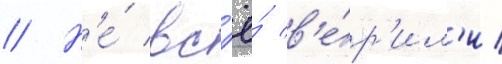
// Н'е́ вс'ё́ в'е́р'ил'и